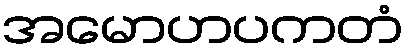
အမောဟပကတံ